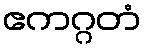
ဧကဂ္ဂတံ